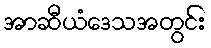
အာဆီယံဒေသအတွင်း